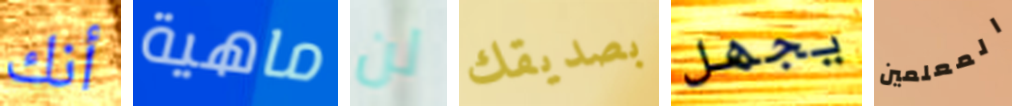
أنك ماهية لن بصديقك يجهل المعلمين